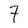
Character: 7